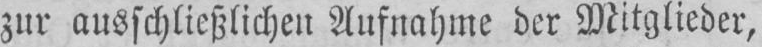
zur ausschließlichen Aufnahme der Mitglieder,